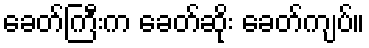
ခေတ်ကြီးက ခေတ်ဆိုး ခေတ်ကျပ်။